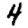
Digit: 4